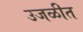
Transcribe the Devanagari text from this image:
उजळीत